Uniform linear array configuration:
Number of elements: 24
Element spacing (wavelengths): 0.75
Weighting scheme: hamming
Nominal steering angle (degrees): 0
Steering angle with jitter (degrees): -1.733
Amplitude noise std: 0.05
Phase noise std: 0.05

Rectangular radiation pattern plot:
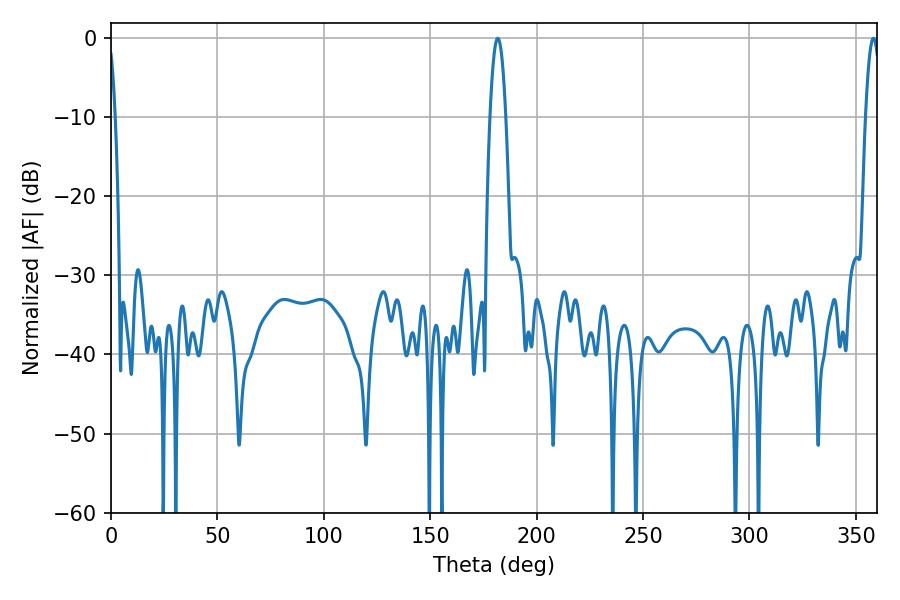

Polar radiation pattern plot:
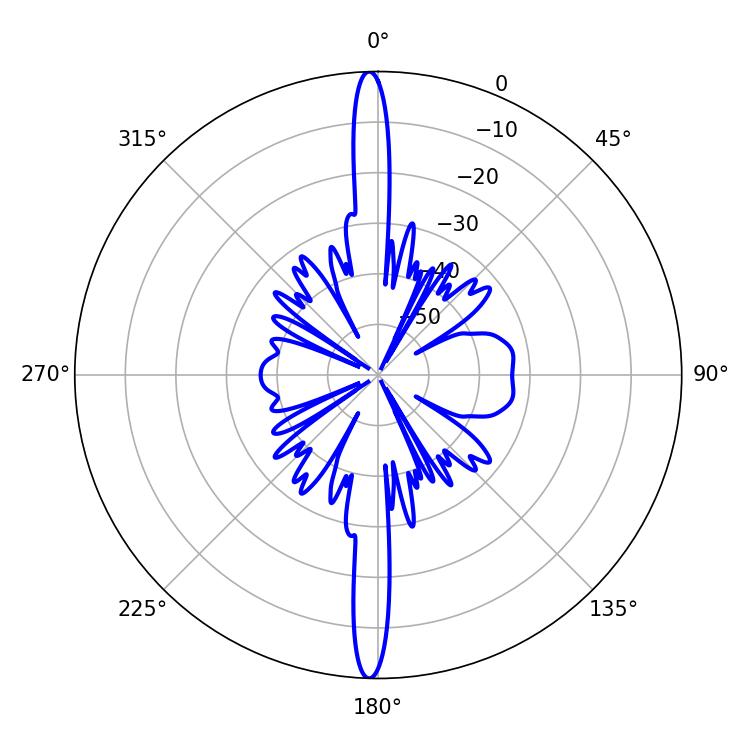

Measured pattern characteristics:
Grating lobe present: TRUE
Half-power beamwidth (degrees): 4.14
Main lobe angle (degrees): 181.8